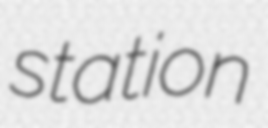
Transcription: station